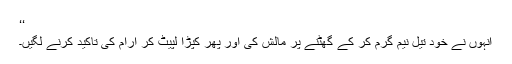
‘‘
انہوں نے خود تیل نیم گرم کر کے گھٹنے پر مالش کی اور پھر کپڑا لپیٹ کر آرام کی تاکید کرنے لگیں۔